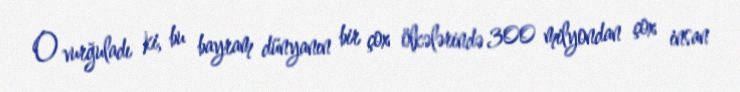
O vurğuladı ki, bu bayram dünyanın bir çox ölkələrində 300 milyondan çox insan